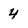
Character: 4